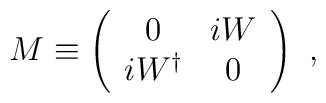
M\equiv\left(\begin{array}{cc}              0 & iW \\ iW^\dagger & 0             \end{array}\right) \ ,